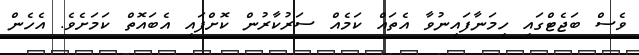
ވެސް ބަޖެޓްގައި ހިމަނާފައިނުވާ އެތައް ކަމެއް ސަރުކާރުން ކޮށްފައި އެބައޮތް ކަމަށެވެ. އެހެން